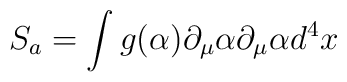
S_{a}=\int g(\alpha )\partial_\mu \alpha \partial_\mu \alpha d^4x